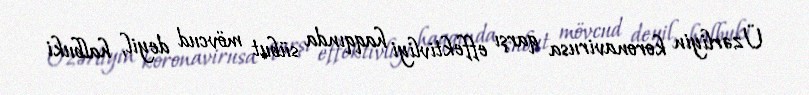
Üzərliyin koronavirusa qarşı effektivliyi haqqında sübut mövcud deyil, halbuki